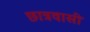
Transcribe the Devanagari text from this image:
छात्रवासी